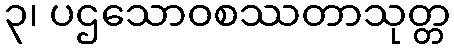
၃၊ ပဌသောဝစဿတာသုတ္တ